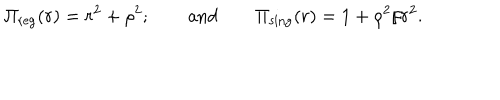
LaTeX: \Pi _ { \mathrm { r e g } } ( r ) = r ^ { 2 } + \rho ^ { 2 } ; \qquad \mathrm { a n d } \qquad \Pi _ { \mathrm { s i n g } } ( r ) = 1 + \rho ^ { 2 } / r ^ { 2 } .